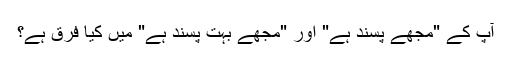
آپ کے "مجھے پسند ہے" اور "مجھے بہت پسند ہے" میں کیا فرق ہے؟